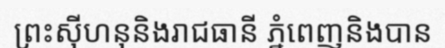
ព្រះស៊ីហនុនិងរាជធានី ភ្នំពេញនិងបាន